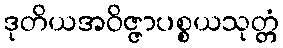
ဒုတိယအဝိဇ္ဇာပစ္စယသုတ္တံ